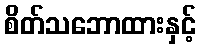
စိတ်သဘောထားနှင့်